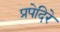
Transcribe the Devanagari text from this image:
प्रपेदिरे